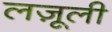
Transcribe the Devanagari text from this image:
लजू़ली